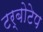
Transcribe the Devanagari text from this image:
टर्बोटेप